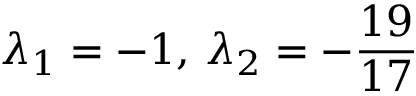
\lambda _ { 1 } = - 1 , \, \lambda _ { 2 } = - { \frac { 1 9 } { 1 7 } }